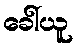
ခေါ်ယူ